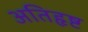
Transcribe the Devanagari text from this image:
अतिहृष्ट